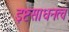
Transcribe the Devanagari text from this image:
इष्टसाधनत्व